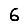
Digit: 6